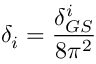
\delta _ { i } = \frac { \delta _ { G S } ^ { i } } { 8 \pi ^ { 2 } }